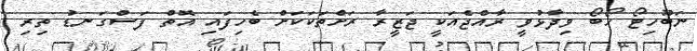
ނަބޫހިޓޯ ހޯބޯ ވިދާޅުވީ ރާއްޖެއަކީ ޖަޒީރާ ރަށްތަކަކަށް ބެހިފައި އޮތް ފަސްގަނޑު ތިރި